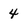
Character: 4